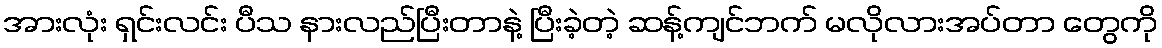
အားလုံး ရှင်းလင်း ပီသ နားလည်ပြီးတာနဲ့ ပြီးခဲ့တဲ့ ဆန့်ကျင်ဘက် မလိုလားအပ်တာ တွေကို